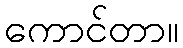
ကောင်တာ။